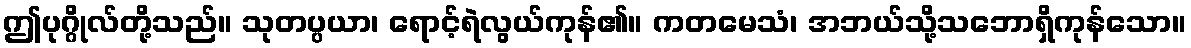
ဤပုဂ္ဂိုလ်တို့သည်။ သုတပ္ပယာ၊ ရောင့်ရဲလွယ်ကုန်၏။ ကတမေသံ၊ အဘယ်သို့သဘောရှိကုန်သော။